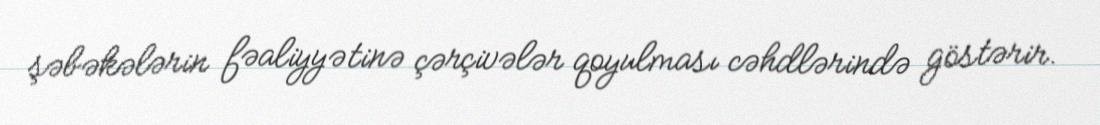
şəbəkələrin fəaliyyətinə çərçivələr qoyulması cəhdlərində göstərir.